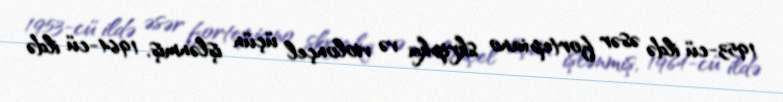
1953-cü ildə əsər fortepiano skripka və violonçel üçün işlənmiş, 1964-cü ildə